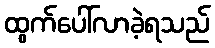
ထွက်ပေါ်လာခဲ့ရသည်